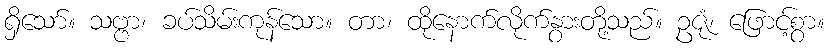
ရှိသော်။ သဗ္ဗာ၊ ခပ်သိမ်းကုန်သော။ တာ၊ ထိုနောက်လိုက်နွားတို့သည်။ ဥဇုံ၊ ဖြောင့်စွာ။